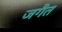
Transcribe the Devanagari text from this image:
जगैत